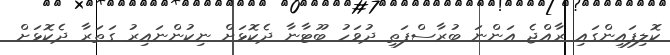
ކޮލިފައިންގައި ރާއްޖެ އަންނަ ބުރާސްފަތި ދުވަހު ބޫޓާނާ ދެކޮޅަށް ނިކުންނައިރު ގަތަރާ ދެކޮޅަށް